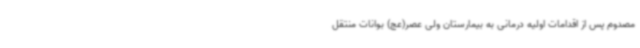
مصدوم پس از اقدامات اولیه درمانی به بیمارستان ولی عصر(عج) بوانات منتقل